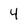
Character: 4